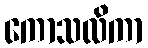
ကောသလိကာ